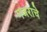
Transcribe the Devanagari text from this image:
गजराचे